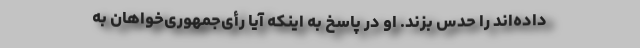
داده‌اند را حدس بزند. او در پاسخ به اینکه آیا رأی‌جمهوری‌خواهان به